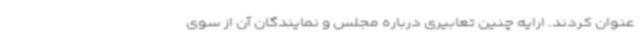
عنوان کردند. ارایه چنین تعابیری درباره مجلس و نمایندگان آن از سوی